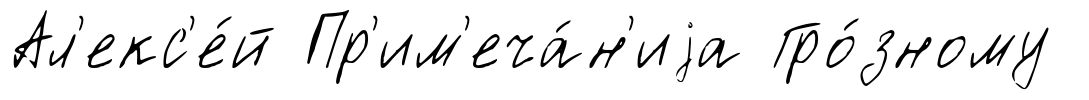
Ал'екс'е́й Пр'им'еча́н'иjа Гро́зному